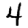
Digit: 4